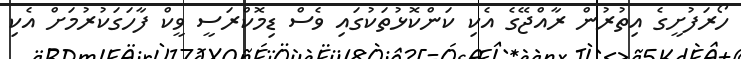
ހޯރަފުށީގެ އިތުރުން ރާއްޖޭގެ އެކި ކަންކޮޅުތަކުގައި ވެސް ޑިމޮކްރަސީ ވީކް ފާހަގަކުރުމަށް އެކި